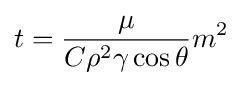
t={\mu  \over C\rho ^{2}\gamma \cos \theta }{m^{2}}